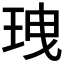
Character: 𤤺